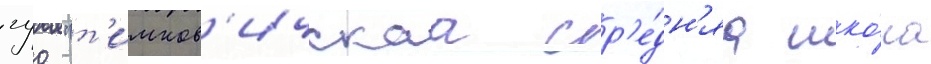
гуо "т'имков'ичскаа ср'е́дн'яа шко́ла